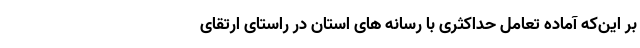
بر این‌که آماده تعامل حداکثری با رسانه های استان در راستای ارتقای